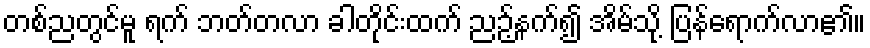
တစ်ညတွင်မူ ရက် ဘတ်တလာ ခါတိုင်းထက် ညဉ့်နက်၍ အိမ်သို့ ပြန်ရောက်လာ၏။